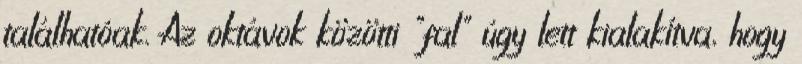
találhatóak. Az oktávok közötti "fal" úgy lett kialakítva, hogy